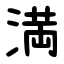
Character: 満